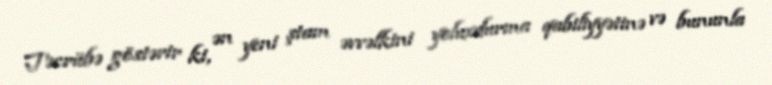
Təcrübə göstərir ki, ən yeni ştam əvvəlkini yoluxdurma qabiliyyətinə və bununla